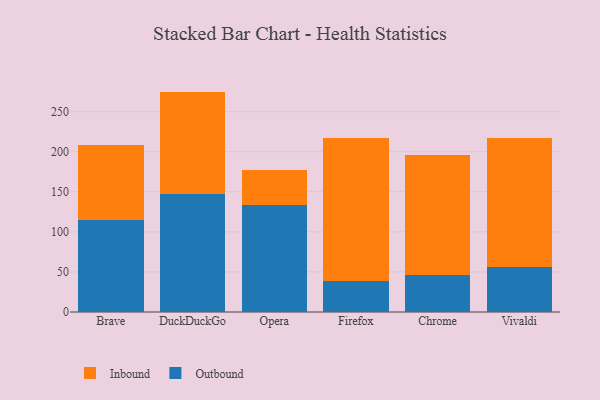
{"axis": {"x": "Browser", "y": "Temperature (°C)"}, "legend": ["Inbound", "Outbound"], "data": [{"x": "Brave", "y": 114.9, "type": "Outbound"}, {"x": "Brave", "y": 93.9, "type": "Inbound"}, {"x": "DuckDuckGo", "y": 146.8, "type": "Outbound"}, {"x": "DuckDuckGo", "y": 128.2, "type": "Inbound"}, {"x": "Opera", "y": 133.4, "type": "Outbound"}, {"x": "Opera", "y": 43.3, "type": "Inbound"}, {"x": "Firefox", "y": 38.6, "type": "Outbound"}, {"x": "Firefox", "y": 178.0, "type": "Inbound"}, {"x": "Chrome", "y": 46.3, "type": "Outbound"}, {"x": "Chrome", "y": 149.6, "type": "Inbound"}, {"x": "Vivaldi", "y": 56.4, "type": "Outbound"}, {"x": "Vivaldi", "y": 160.3, "type": "Inbound"}]}